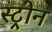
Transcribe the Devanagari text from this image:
स्ट्रोन